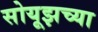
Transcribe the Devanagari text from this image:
सोयूझच्या